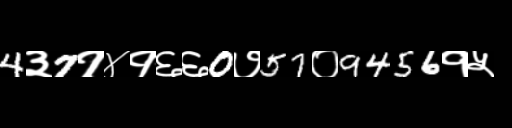
Text: 4३7१४१६६0७57०9456१५